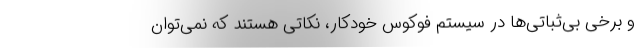
و برخی بی‌ثباتی‌ها در سیستم فوکوس خودکار، نکاتی هستند که نمی‌توان